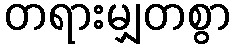
တရားမျှတစွာ